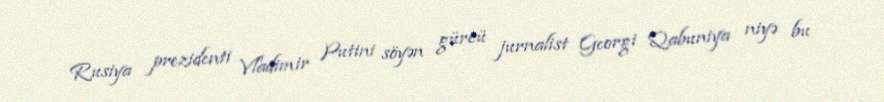
Rusiya prezidenti Vladimir Putini söyən gürcü jurnalist Georgi Qabuniya niyə bu